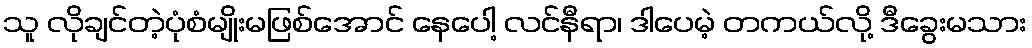
သူ လိုချင်တဲ့ပုံစံမျိုးမဖြစ်အောင် နေပေါ့ လင်နီရာ၊ ဒါပေမဲ့ တကယ်လို့ ဒီခွေးမသား